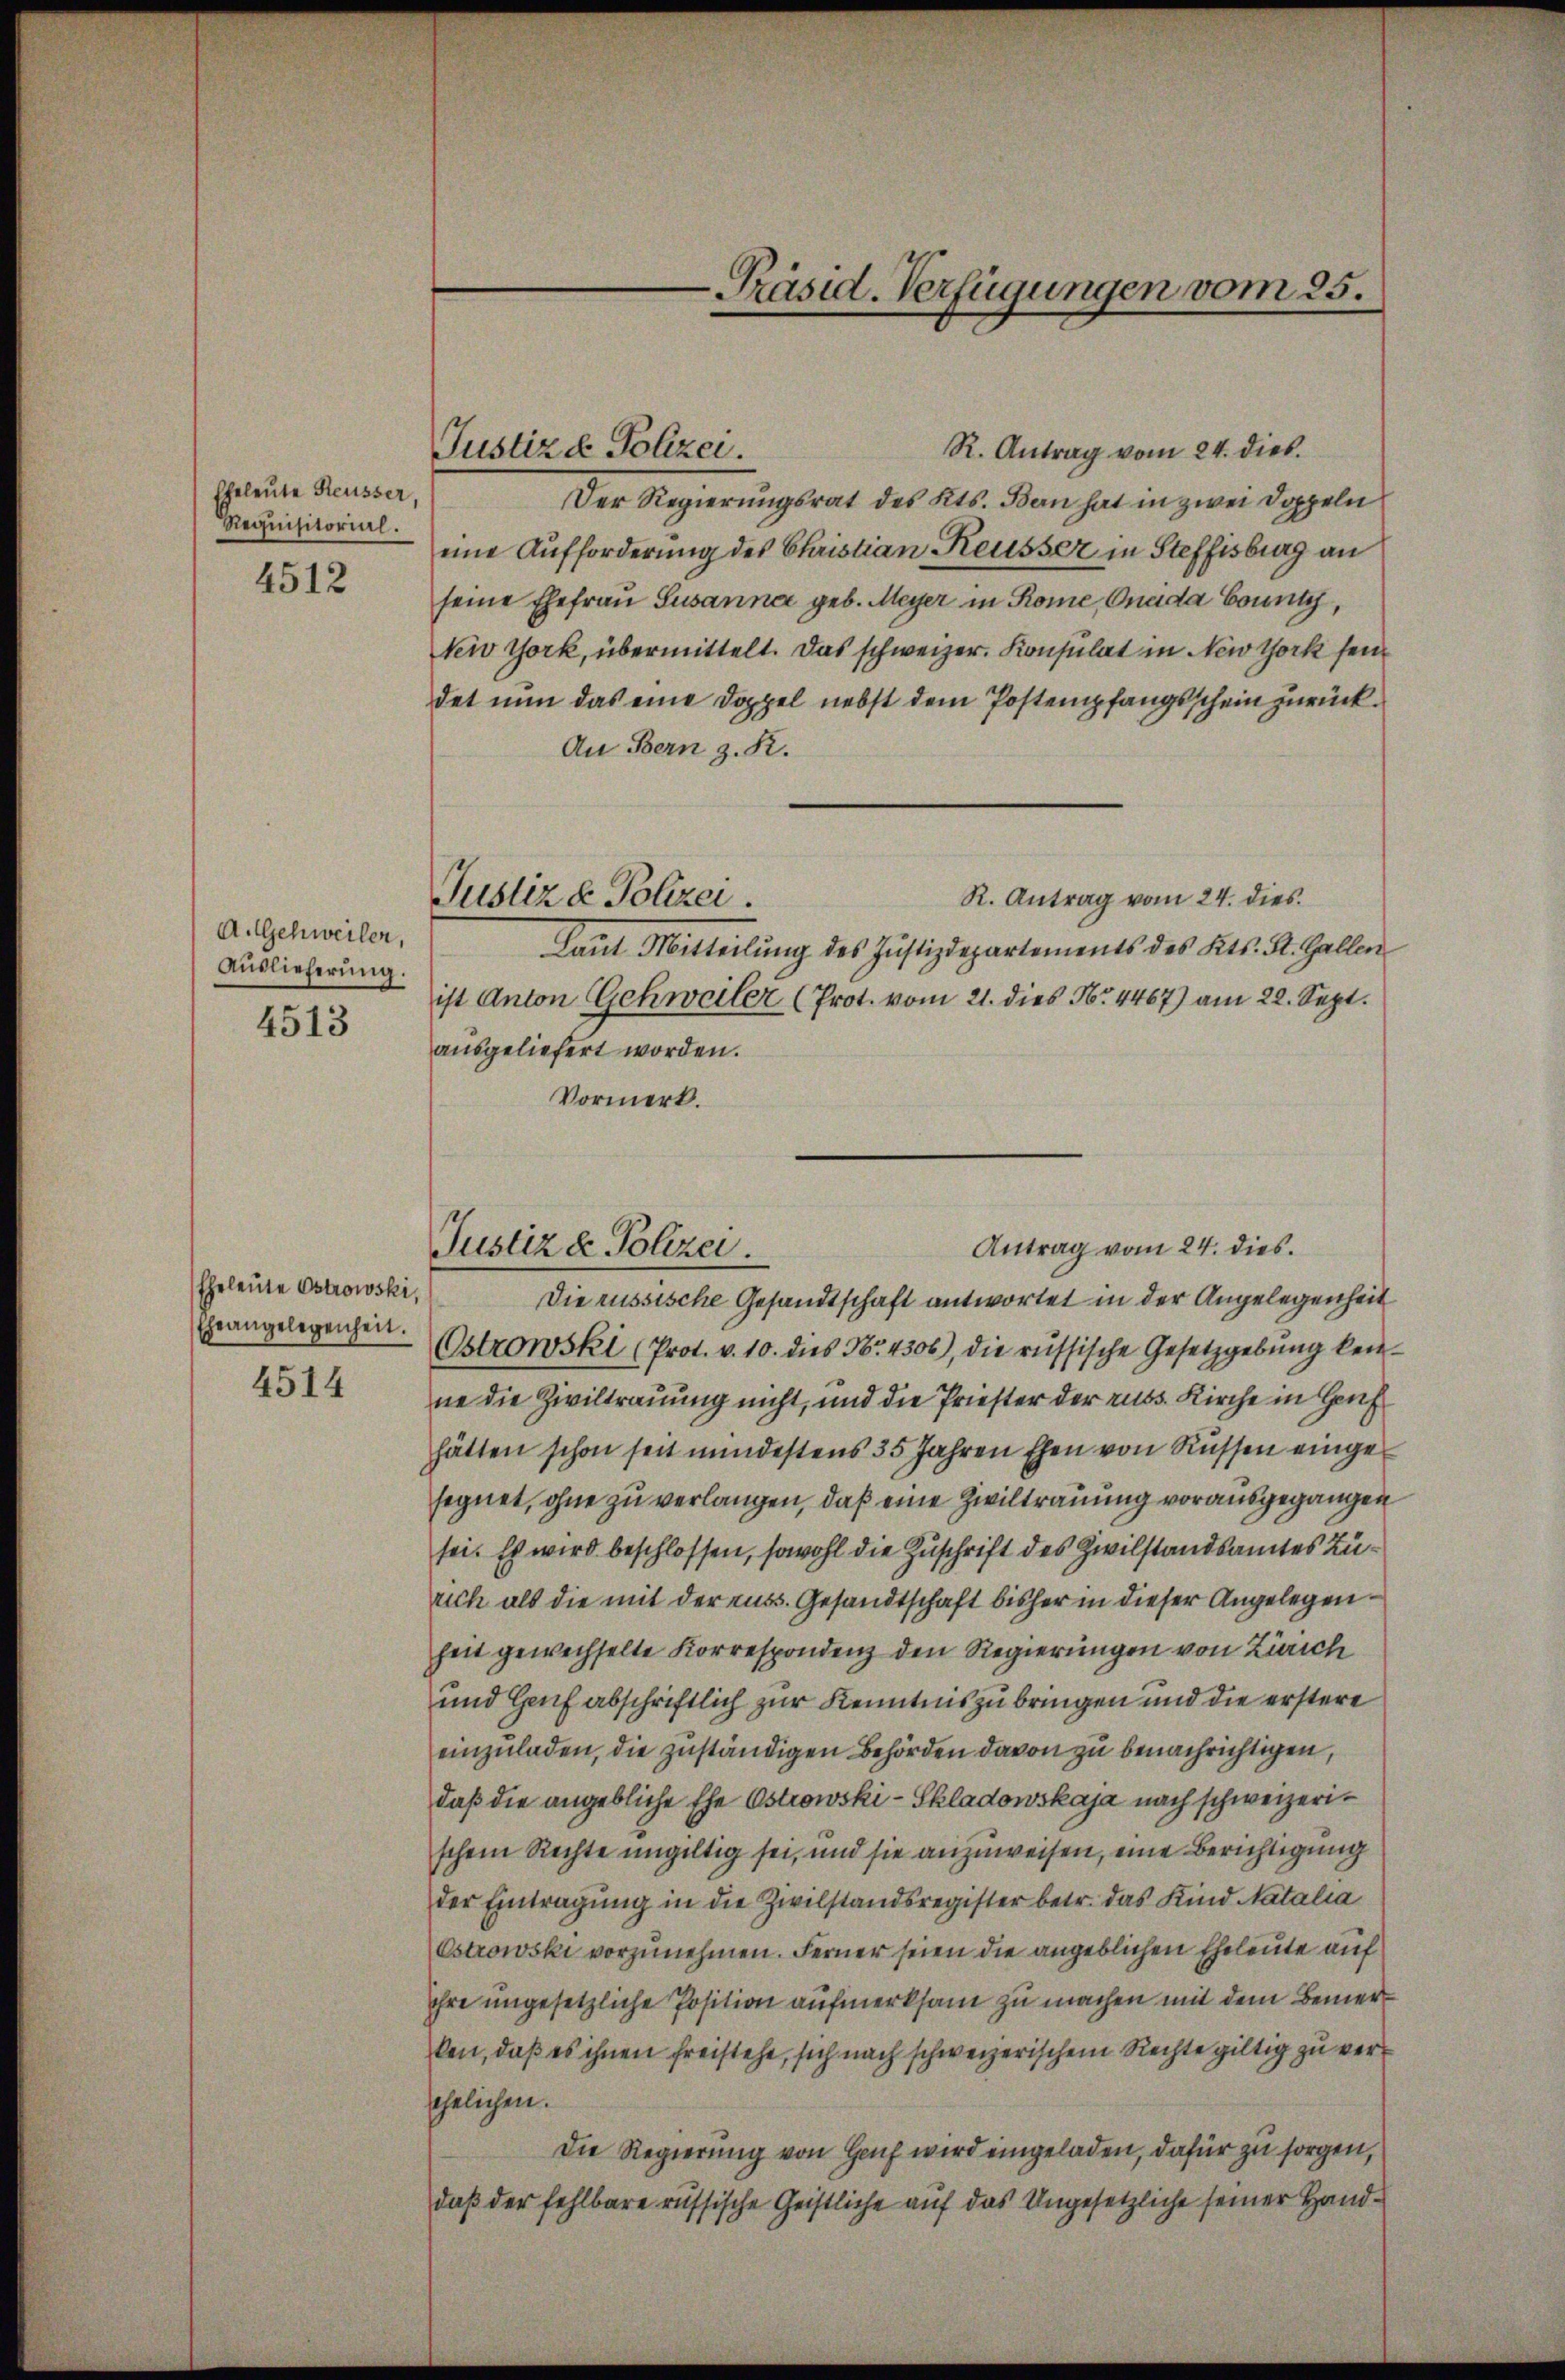
Eheleute Reusser,
Requisitorial.

4512

A.Schweiler,
Auslieferung.
4513

Eheleute Ostrowski,
Eheangelegenheit.
4514

Justiz & Polizei.

Justiz & Polizei.

Justiz & Polizei

R. Antrag vom 24. dies.
Der Regierungsrat des Kts. Bern hat in zwei Doppeln
eine Aufforderung des Christian Reusser in Steffisburg an
seine Ehefrau Susanna geb. Meyer in Rome, Onada County,
New York, übermittelt. Das schweizer. Konsulat in New York sei
det nun das eine Doppel nebst dem Postempfangsschein zurück.
An Bern z. R.
R. Antrag vom 24. dies
Laut Mitteilŭng des Justizdepartements des Kts. St. Gallen
ist Anton Schweiler (Prot. vom 21. dies No. 4467) am 22. Sept.
ausgeliefert worden.
Vormerk.
Antrag vom 24. dies
Die russische Gesandtschaft antwortet in der Angelegenheit
Ostrowski (Prot. v. 10. dies Nr. 4306), die russische Gesetzgebung kein
ne die Ziviltrauung nicht, und die Priester der russ. Kirche in Gru
hätten schon seit mindestens 35 Jahren Ehen von Rüssen eingesegnet, ohne zu verlangen, daß eine Ziviltrauung vorausgegangen
sei. Es wird beschlossen, sowohl die Zuschrift des Zivilstandsamtes Zürich als die mit der russ. Gesandtschaft bisher in dieser Angelegenheit gewechselte Korrespondenz den Regierungen von Zürich
und Genf abschriftlich zur Kenntnis zu bringen und die erstere
einzuladen, die zuständigen Behörden davon zu benachrichtigen,
daß die angebliche Ehe Ostrowski - Skladowskaja nach schweizerischem Rechte ungültig sei, und sie anzuweisen, eine Berichtigung
der Eintragung in die Zivilstandsregister betr. das Kind Natalia
Estrowski vorzunehmen. Ferner seien die angeblichen Eheleute auf
hre ungesetzliche Position aufmerksam zu machen mit dem Bemerken, daß es ihnen freistehe, sich nach schweizerischem Rechte giltig zu verehelichen.
Die Regierung von Genf wird eingeladen, dafür zu sorgen,
daß der fehlbare russische Geistliche auf das Ungesetzliche seiner Hand¬

-Präsid. Verfügungen vom 25.